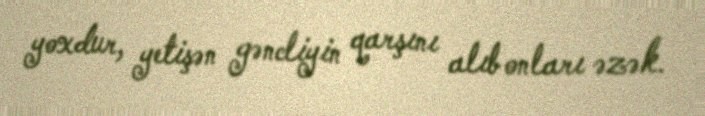
yoxdur, yetişən gəncliyin qarşını alıb onları əzək.